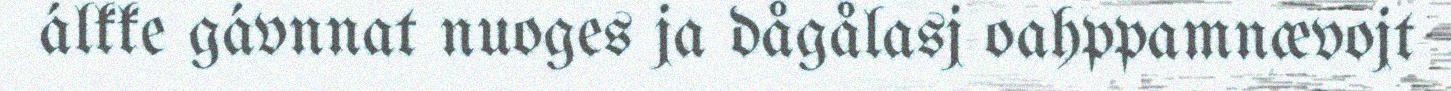
álkke gávnnat nuoges ja dågålasj oahppamnævojt